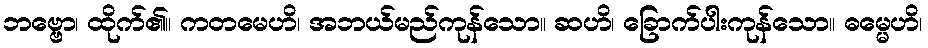
ဘဗ္ဗော၊ ထိုက်၏။ ကတမေဟိ၊ အဘယ်မည်ကုန်သော။ ဆဟိ၊ ခြောက်ပါးကုန်သော။ ဓမ္မေဟိ၊